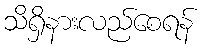
သိရှိနားလည်စေရန်